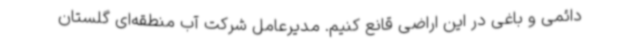
دائمی و باغی در این اراضی قانع کنیم. مدیرعامل شرکت آب منطقه‌ای گلستان